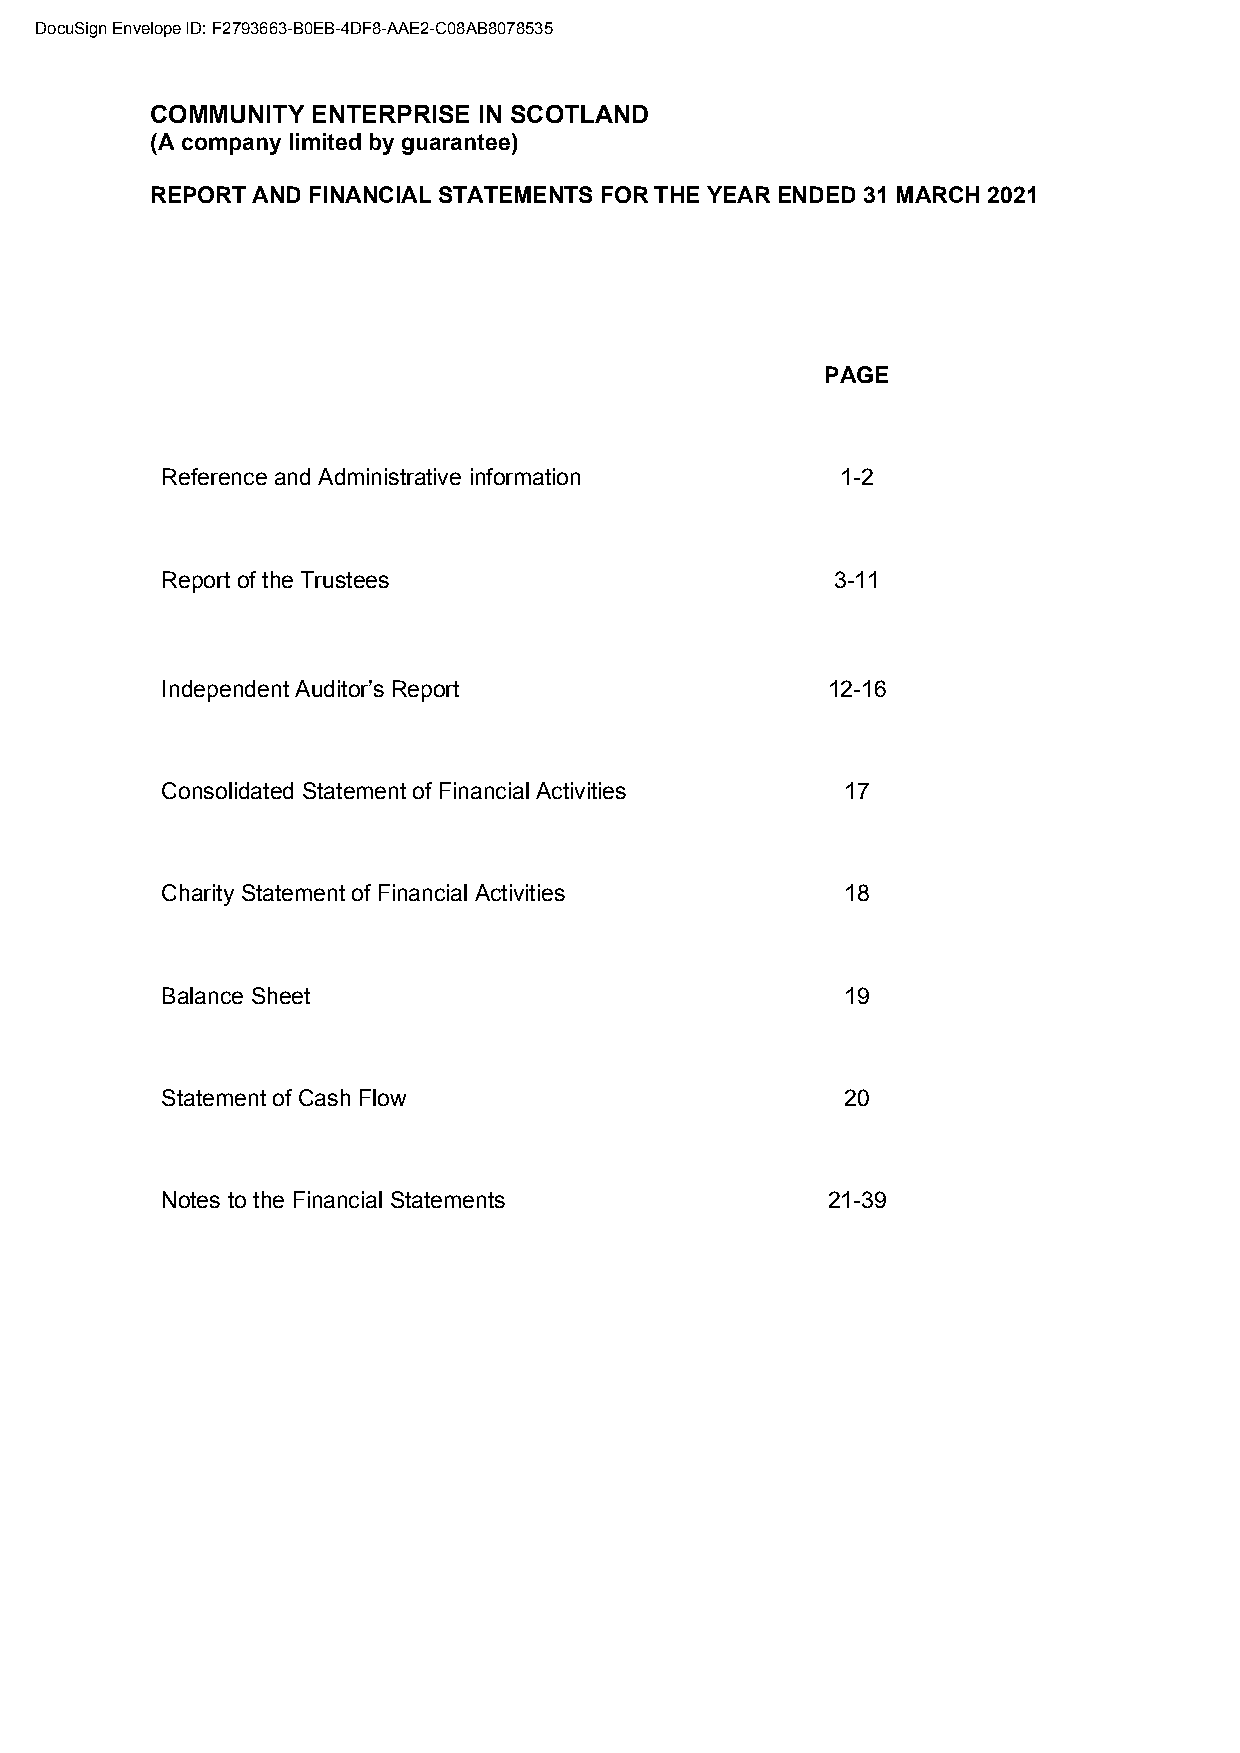
DocuSign Envelope ID: F2793663-B0EB-4DF8-AAE2-C08AB8078535
 COMMUNITY  ENTERPRISE IN SCOTLAND
 (A company limited by guarantee)
 REPORT AND FINANCIAL STATEMENTS FOR THE YEAR ENDED 31 MARCH 2021
 PAGE
 Reference and Administrative information     1-2
 Report of the Trustees                      3-11
 Independent Auditor’s Report                12-16
 Consolidated Statement of Financial Activities 17
 Charity Statement of Financial Activities    18
 Balance Sheet                                19
 Statement of Cash Flow                       20
 Notes to the Financial Statements           21-39